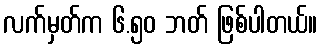
လက်မှတ်က ၆.၅၀ ဘတ် ဖြစ်ပါတယ်။